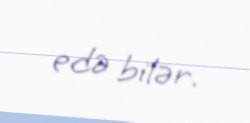
edə bilər.